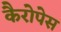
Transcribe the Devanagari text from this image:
कैरोपेस